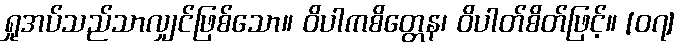
ရှုအပ်သည်သာလျှင်ဖြစ်သော။ ဝိပါကစိတ္တေန၊ ဝိပါတ်စိတ်ဖြင့်။ [၀၇]